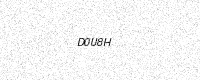
Text: D0U8H